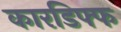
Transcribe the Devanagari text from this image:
कारडिफ्फ